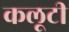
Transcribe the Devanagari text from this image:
कलूटी